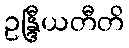
ဥန္ဒြီယတီတိ